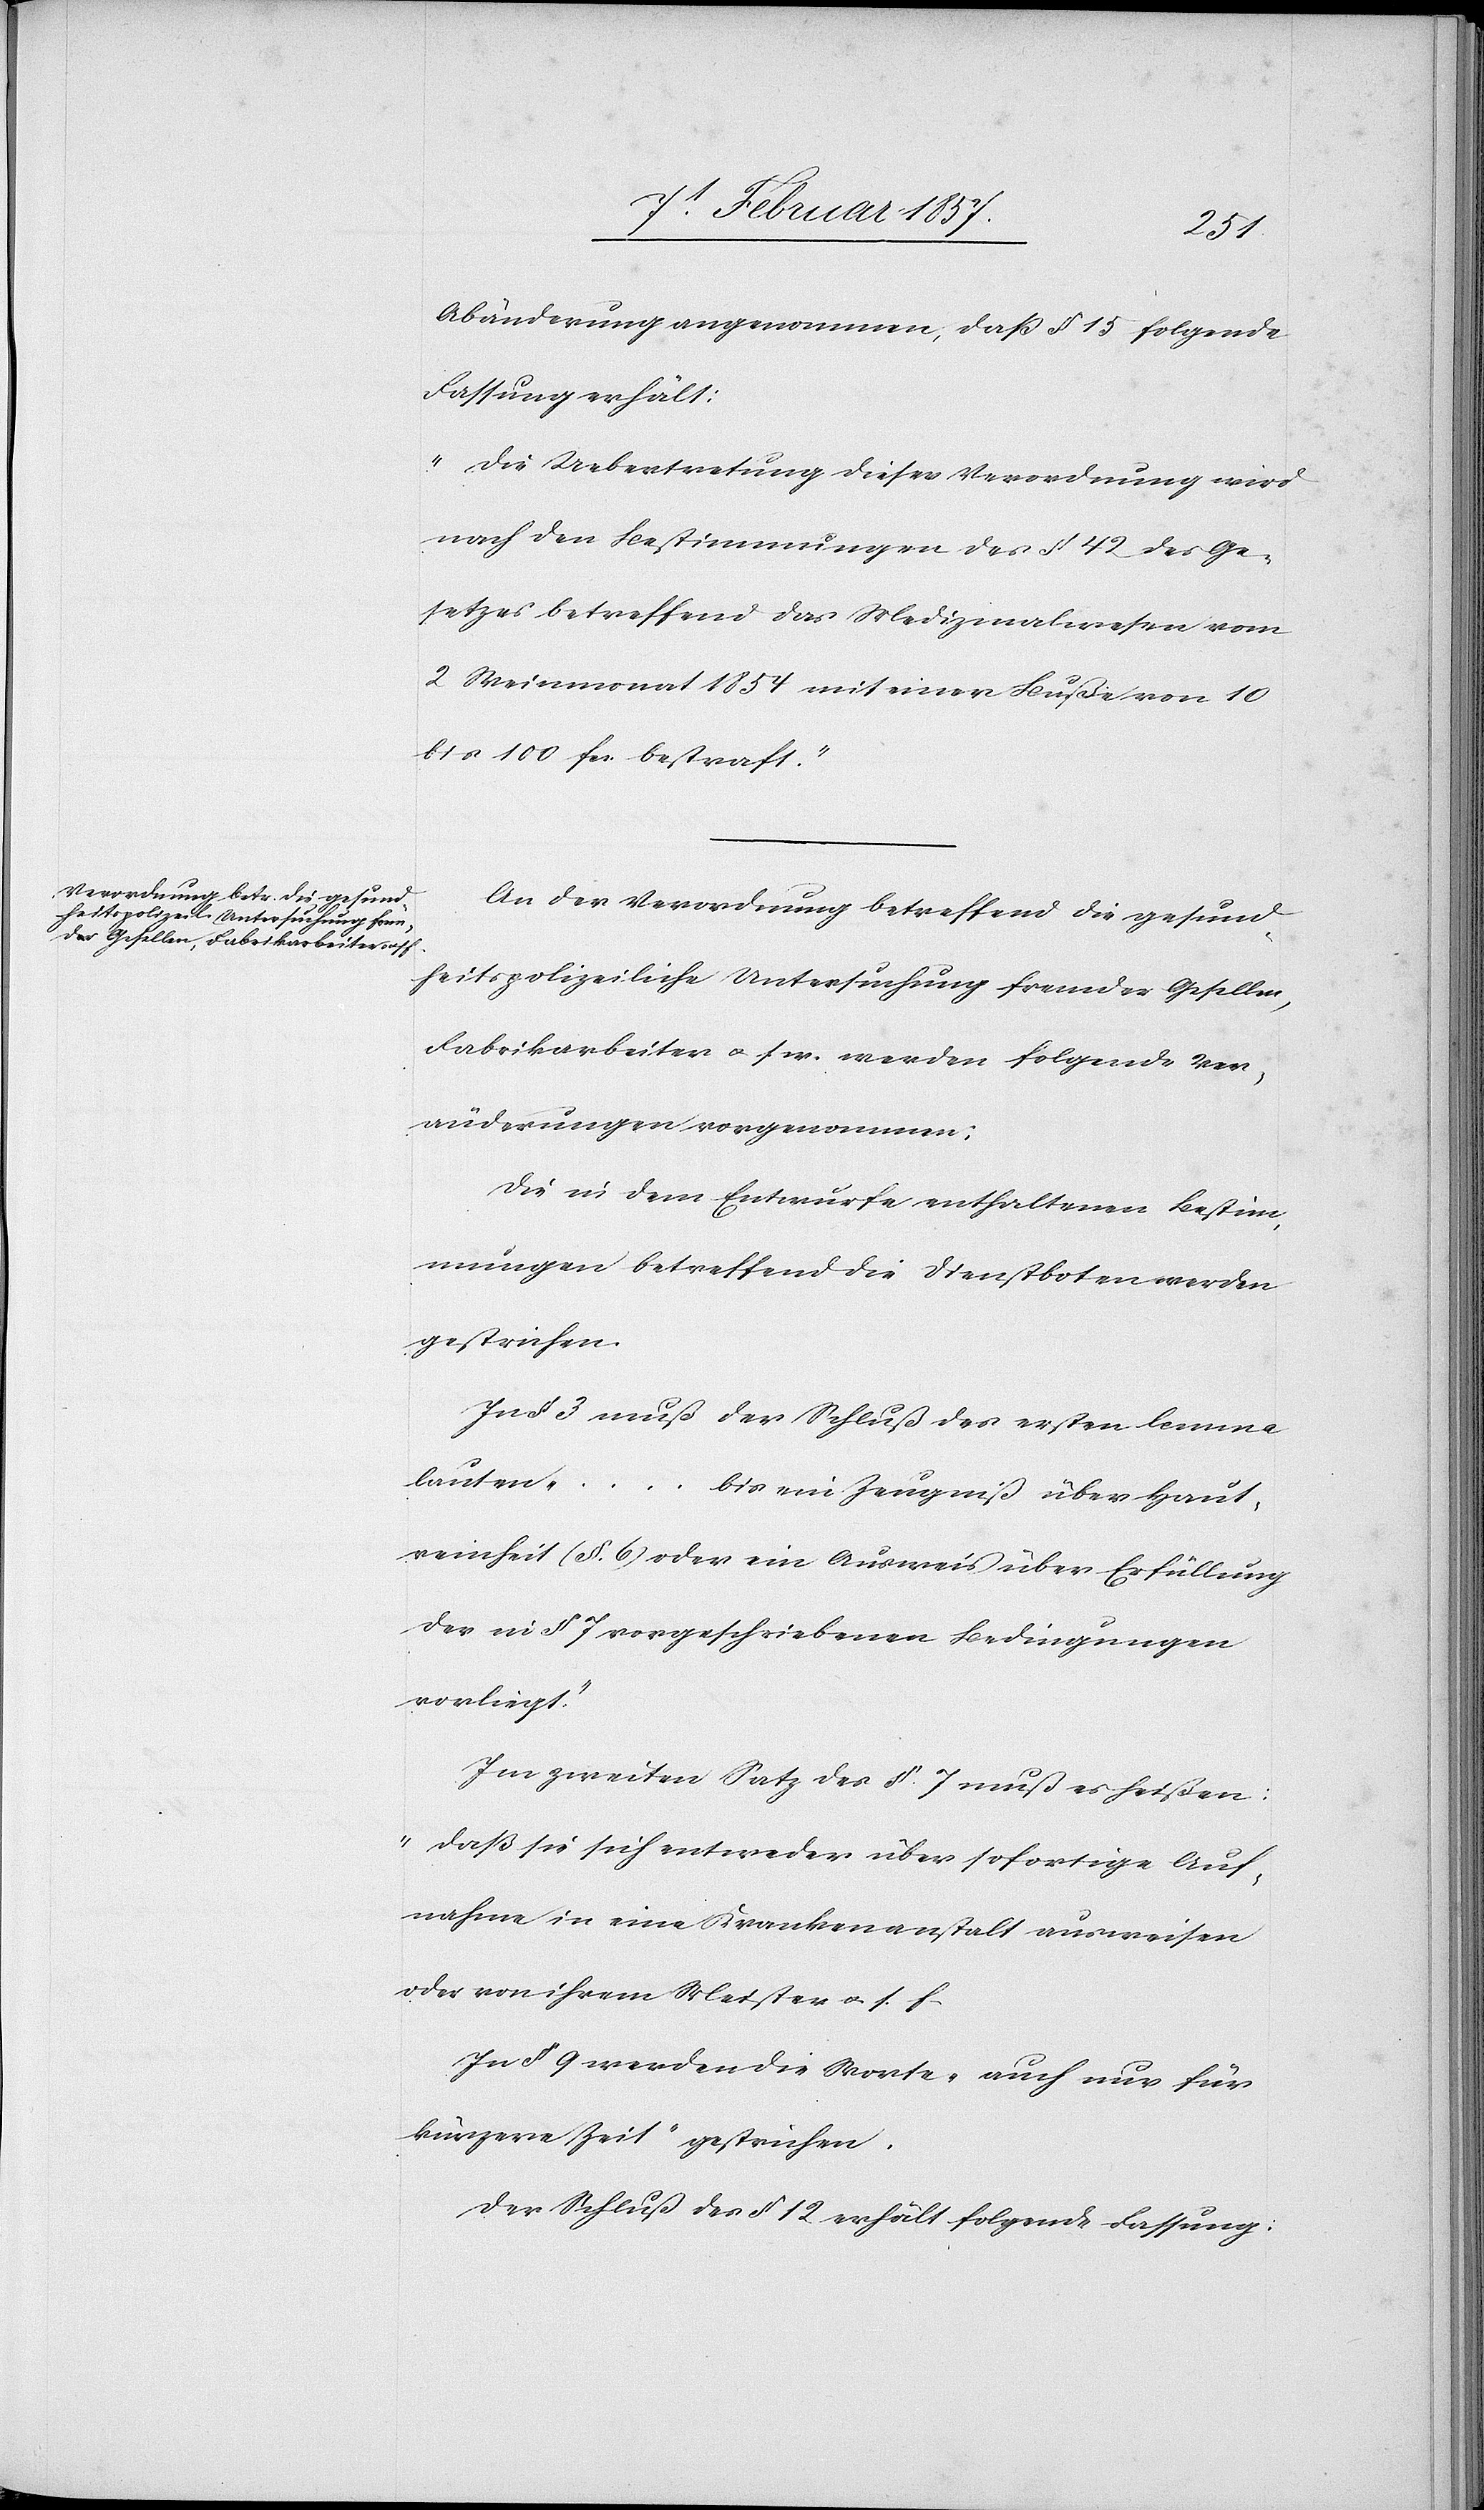
Abänderung angenommen, daß § 15 folgende
Fassung erhält:
„Die Uebertretung dieser Verordnung wird
nach den Bestimmungen des § 42 des Ge¬
setzes betreffend das Medizinalwesen vom
2 Weinmonat 1854 mit einer Buße von 10
bis 100 fr. bestraft.“
An der Verordnung betreffend die gesund¬
heitspolizeiliche Untersuchung fremder Gesellen,
Fabrikarbeiter u. s. w. werden folgende Ver¬
änderungen vorgenommen:
Die in dem Entwurfe enthaltenen Bestim¬
mungen betreffend die Dienstboten werden
gestrichen.
In § 3 muß der Schluß des ersten lemma
lauten „… bis ein Zeugniß über Haut¬
reinheit (§. 6) oder ein Ausweis über Erfüllung
der in § 7 vorgeschriebenen Bedingungen
vorliegt.“
Im zweiten Satz des § 7 muß es heißen:
„daß sie sich entweder über sofortige Auf¬
nahme in eine Krankenanstalt ausweisen
oder von ihrem Meister u. s. f.[“]
In § 9 werden die Worte „auch nur für
kürzere Zeit“ gestrichen.
Der Schluß des § 12 erhält folgende Fassung: